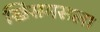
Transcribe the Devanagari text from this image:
ख्रिसमसला